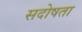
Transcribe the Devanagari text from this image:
सदोषता